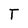
Character: T